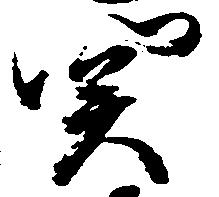
関